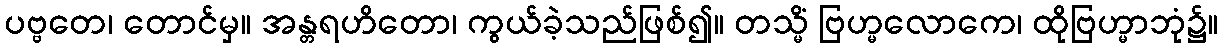
ပဗ္ဗတေ၊ တောင်မှ။ အန္တရဟိတော၊ ကွယ်ခဲ့သည်ဖြစ်၍။ တသ္မိံ ဗြဟ္မလောကေ၊ ထိုဗြဟ္မာဘုံ၌။